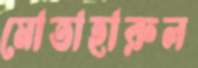
মোতাহারুল